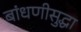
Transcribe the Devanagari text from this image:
बांधणीसुद्धा